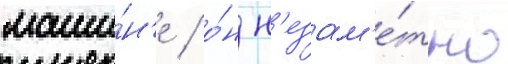
маши́н'е / о́н н'езам'е́тно